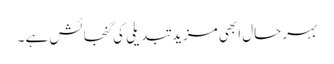
بہر حال ابھی مزید تبدیلی کی گنجائش ہے ۔